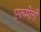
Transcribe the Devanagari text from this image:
एरुमेली